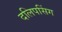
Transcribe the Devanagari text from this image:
दलिपसिंग